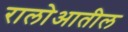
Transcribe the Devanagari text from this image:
रालोआतील